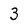
Character: 3